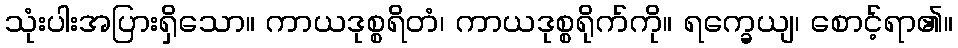
သုံးပါးအပြားရှိသော။ ကာယဒုစ္စရိတံ၊ ကာယဒုစ္စရိုက်ကို။ ရက္ခေယျ၊ စောင့်ရာ၏။